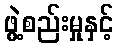
ဖွဲ့စည်းမှုနှင့်